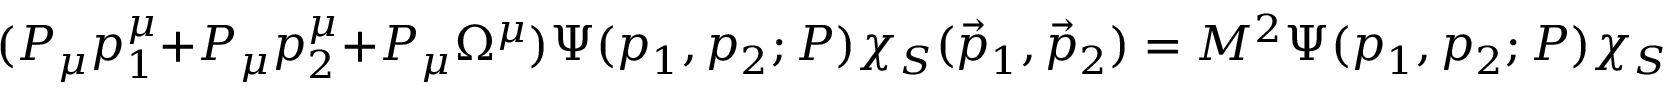
( P _ { \mu } p _ { 1 } ^ { \mu } + P _ { \mu } p _ { 2 } ^ { \mu } + P _ { \mu } \Omega ^ { \mu } ) \Psi ( p _ { 1 } , p _ { 2 } ; P ) \chi _ { S } ( \vec { p } _ { 1 } , \vec { p } _ { 2 } ) = M ^ { 2 } \Psi ( p _ { 1 } , p _ { 2 } ; P ) \chi _ { S } ( \vec { p } _ { 1 } , \vec { p } _ { 2 } )